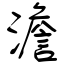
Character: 澹